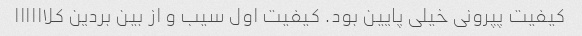
کیفیت پپرونی خیلی پایین بود. کیفیت اول سیب و از بین بردین کلاااااا